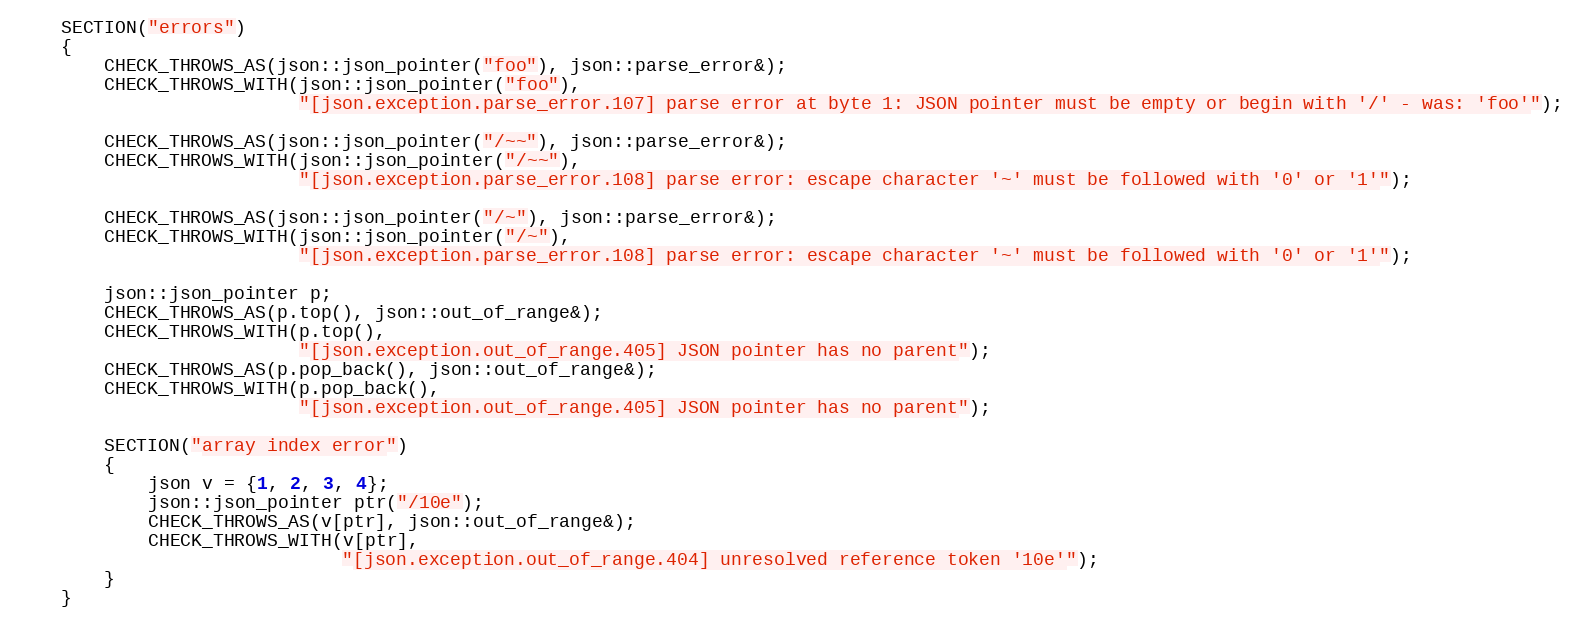
Language: C++
    SECTION("errors")
    {
        CHECK_THROWS_AS(json::json_pointer("foo"), json::parse_error&);
        CHECK_THROWS_WITH(json::json_pointer("foo"),
                          "[json.exception.parse_error.107] parse error at byte 1: JSON pointer must be empty or begin with '/' - was: 'foo'");

        CHECK_THROWS_AS(json::json_pointer("/~~"), json::parse_error&);
        CHECK_THROWS_WITH(json::json_pointer("/~~"),
                          "[json.exception.parse_error.108] parse error: escape character '~' must be followed with '0' or '1'");

        CHECK_THROWS_AS(json::json_pointer("/~"), json::parse_error&);
        CHECK_THROWS_WITH(json::json_pointer("/~"),
                          "[json.exception.parse_error.108] parse error: escape character '~' must be followed with '0' or '1'");

        json::json_pointer p;
        CHECK_THROWS_AS(p.top(), json::out_of_range&);
        CHECK_THROWS_WITH(p.top(),
                          "[json.exception.out_of_range.405] JSON pointer has no parent");
        CHECK_THROWS_AS(p.pop_back(), json::out_of_range&);
        CHECK_THROWS_WITH(p.pop_back(),
                          "[json.exception.out_of_range.405] JSON pointer has no parent");

        SECTION("array index error")
        {
            json v = {1, 2, 3, 4};
            json::json_pointer ptr("/10e");
            CHECK_THROWS_AS(v[ptr], json::out_of_range&);
            CHECK_THROWS_WITH(v[ptr],
                              "[json.exception.out_of_range.404] unresolved reference token '10e'");
        }
    }